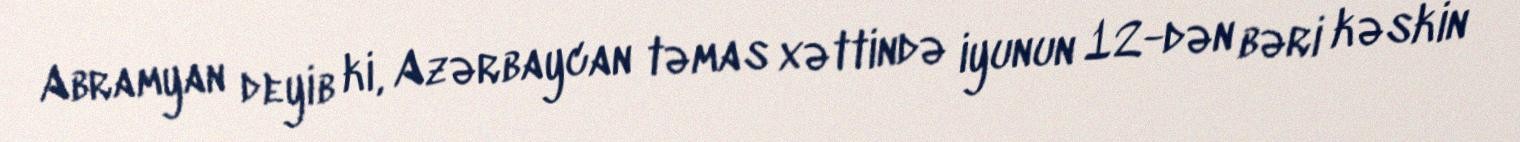
Abramyan deyib ki, Azərbaycan təmas xəttində iyunun 12-dən bəri kəskin